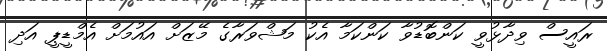
ރައީސް ވިދާޅުވީ ކަންބޮޑުވާ ކަންކަމާ އެކު މަޝްވަރާގެ މޭޒަށް އައުމަށް އެމްޑީޕީ އަދި